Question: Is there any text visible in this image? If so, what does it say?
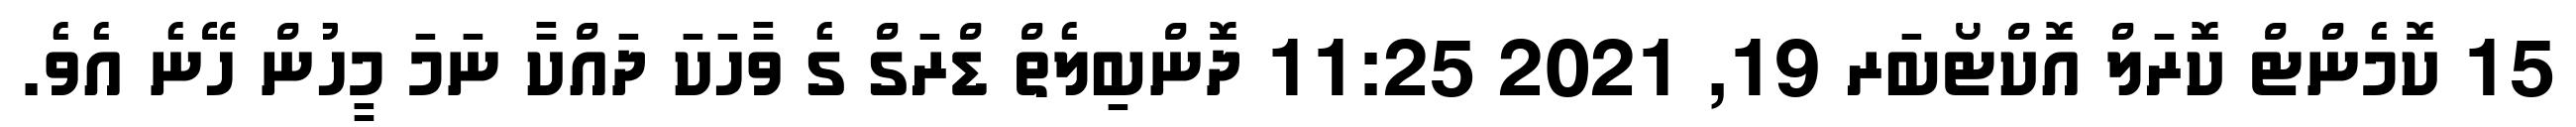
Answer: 15 ކޮމެންޓް ކޮރަލް އޮކްޓޯބަރ 19, 2021 11:25 ދޮންބިލެތް ޑްރަގް ގެ ވާހަކަ ދައްކާ ނަމަ މީހުން ހޭނެ އެވެ.